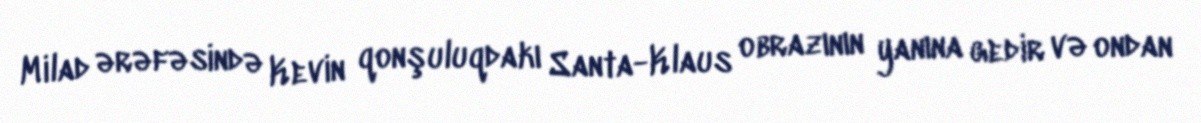
Milad ərəfəsində Kevin qonşuluqdakı Santa-Klaus obrazının yanına gedir və ondan